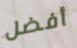
أفضل